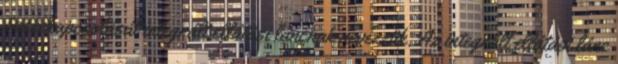
összekapcsolását integrált ellátási láncnak nevezzük. Az integrált ellátási lánc